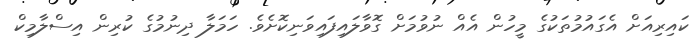
ކައިރިއަށް އެގައުމުތަކުގެ މީހުން އެއް ނުވުމަށް ގޮވާލައިފައިވަނިކޮށެވެ. ހަމަލާ ދިނުމުގެ ކުރިން އިސްލާމިކް